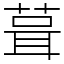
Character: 葺